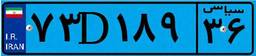
۱۳D۱۵۹۵۲